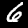
Label: 6